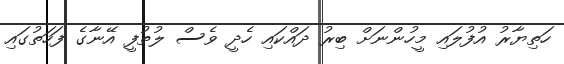
ހަތިޔާރު އުފުލައި މީހުންނަށް ބިރު ދައްކައި ހެދީ ވެސް ލުތުފީ އޭނާގެ ފަހަތުގައި